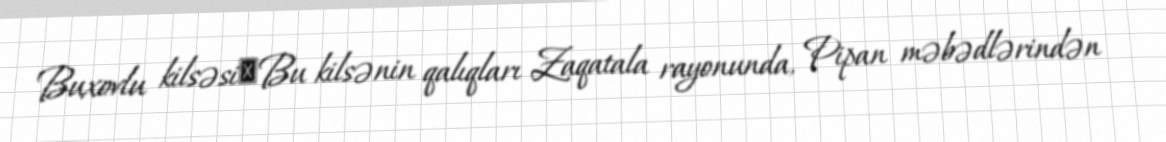
Buxovlu kilsəsi―Bu kilsənin qalıqları Zaqatala rayonunda, Pipan məbədlərindən